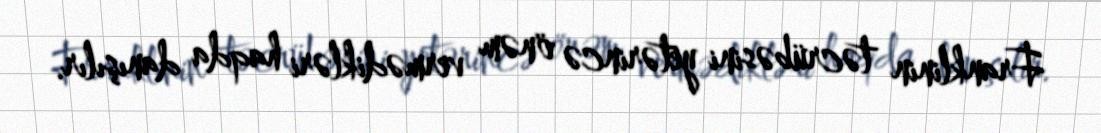
Franklinin təcrübəsini yetərincə önəm vermədikləri haqda danışılır.